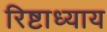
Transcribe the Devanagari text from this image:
रिष्टाध्याय